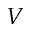
V